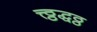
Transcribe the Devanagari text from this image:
त्त्ठ्ठद्धठ्ठ